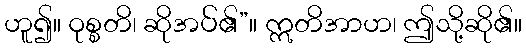
ဟူ၍။ ဝုစ္စတိ၊ ဆိုအပ်၏”။ ဣတိအာဟ၊ ဤသို့ဆို၏။